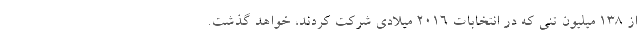
از ۱۳۸ میلیون تنی که در انتخابات ۲۰۱۶ میلادی شرکت کردند، خواهد گذشت.